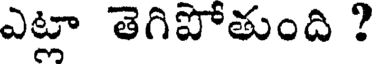
ఎట్లా తెగిపోతుంది ?